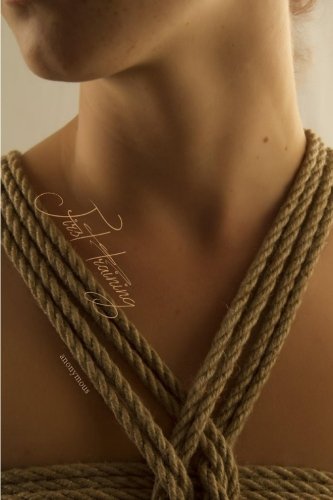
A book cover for First Training; Anonymous; Romance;